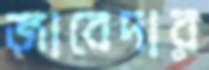
জাবেদার